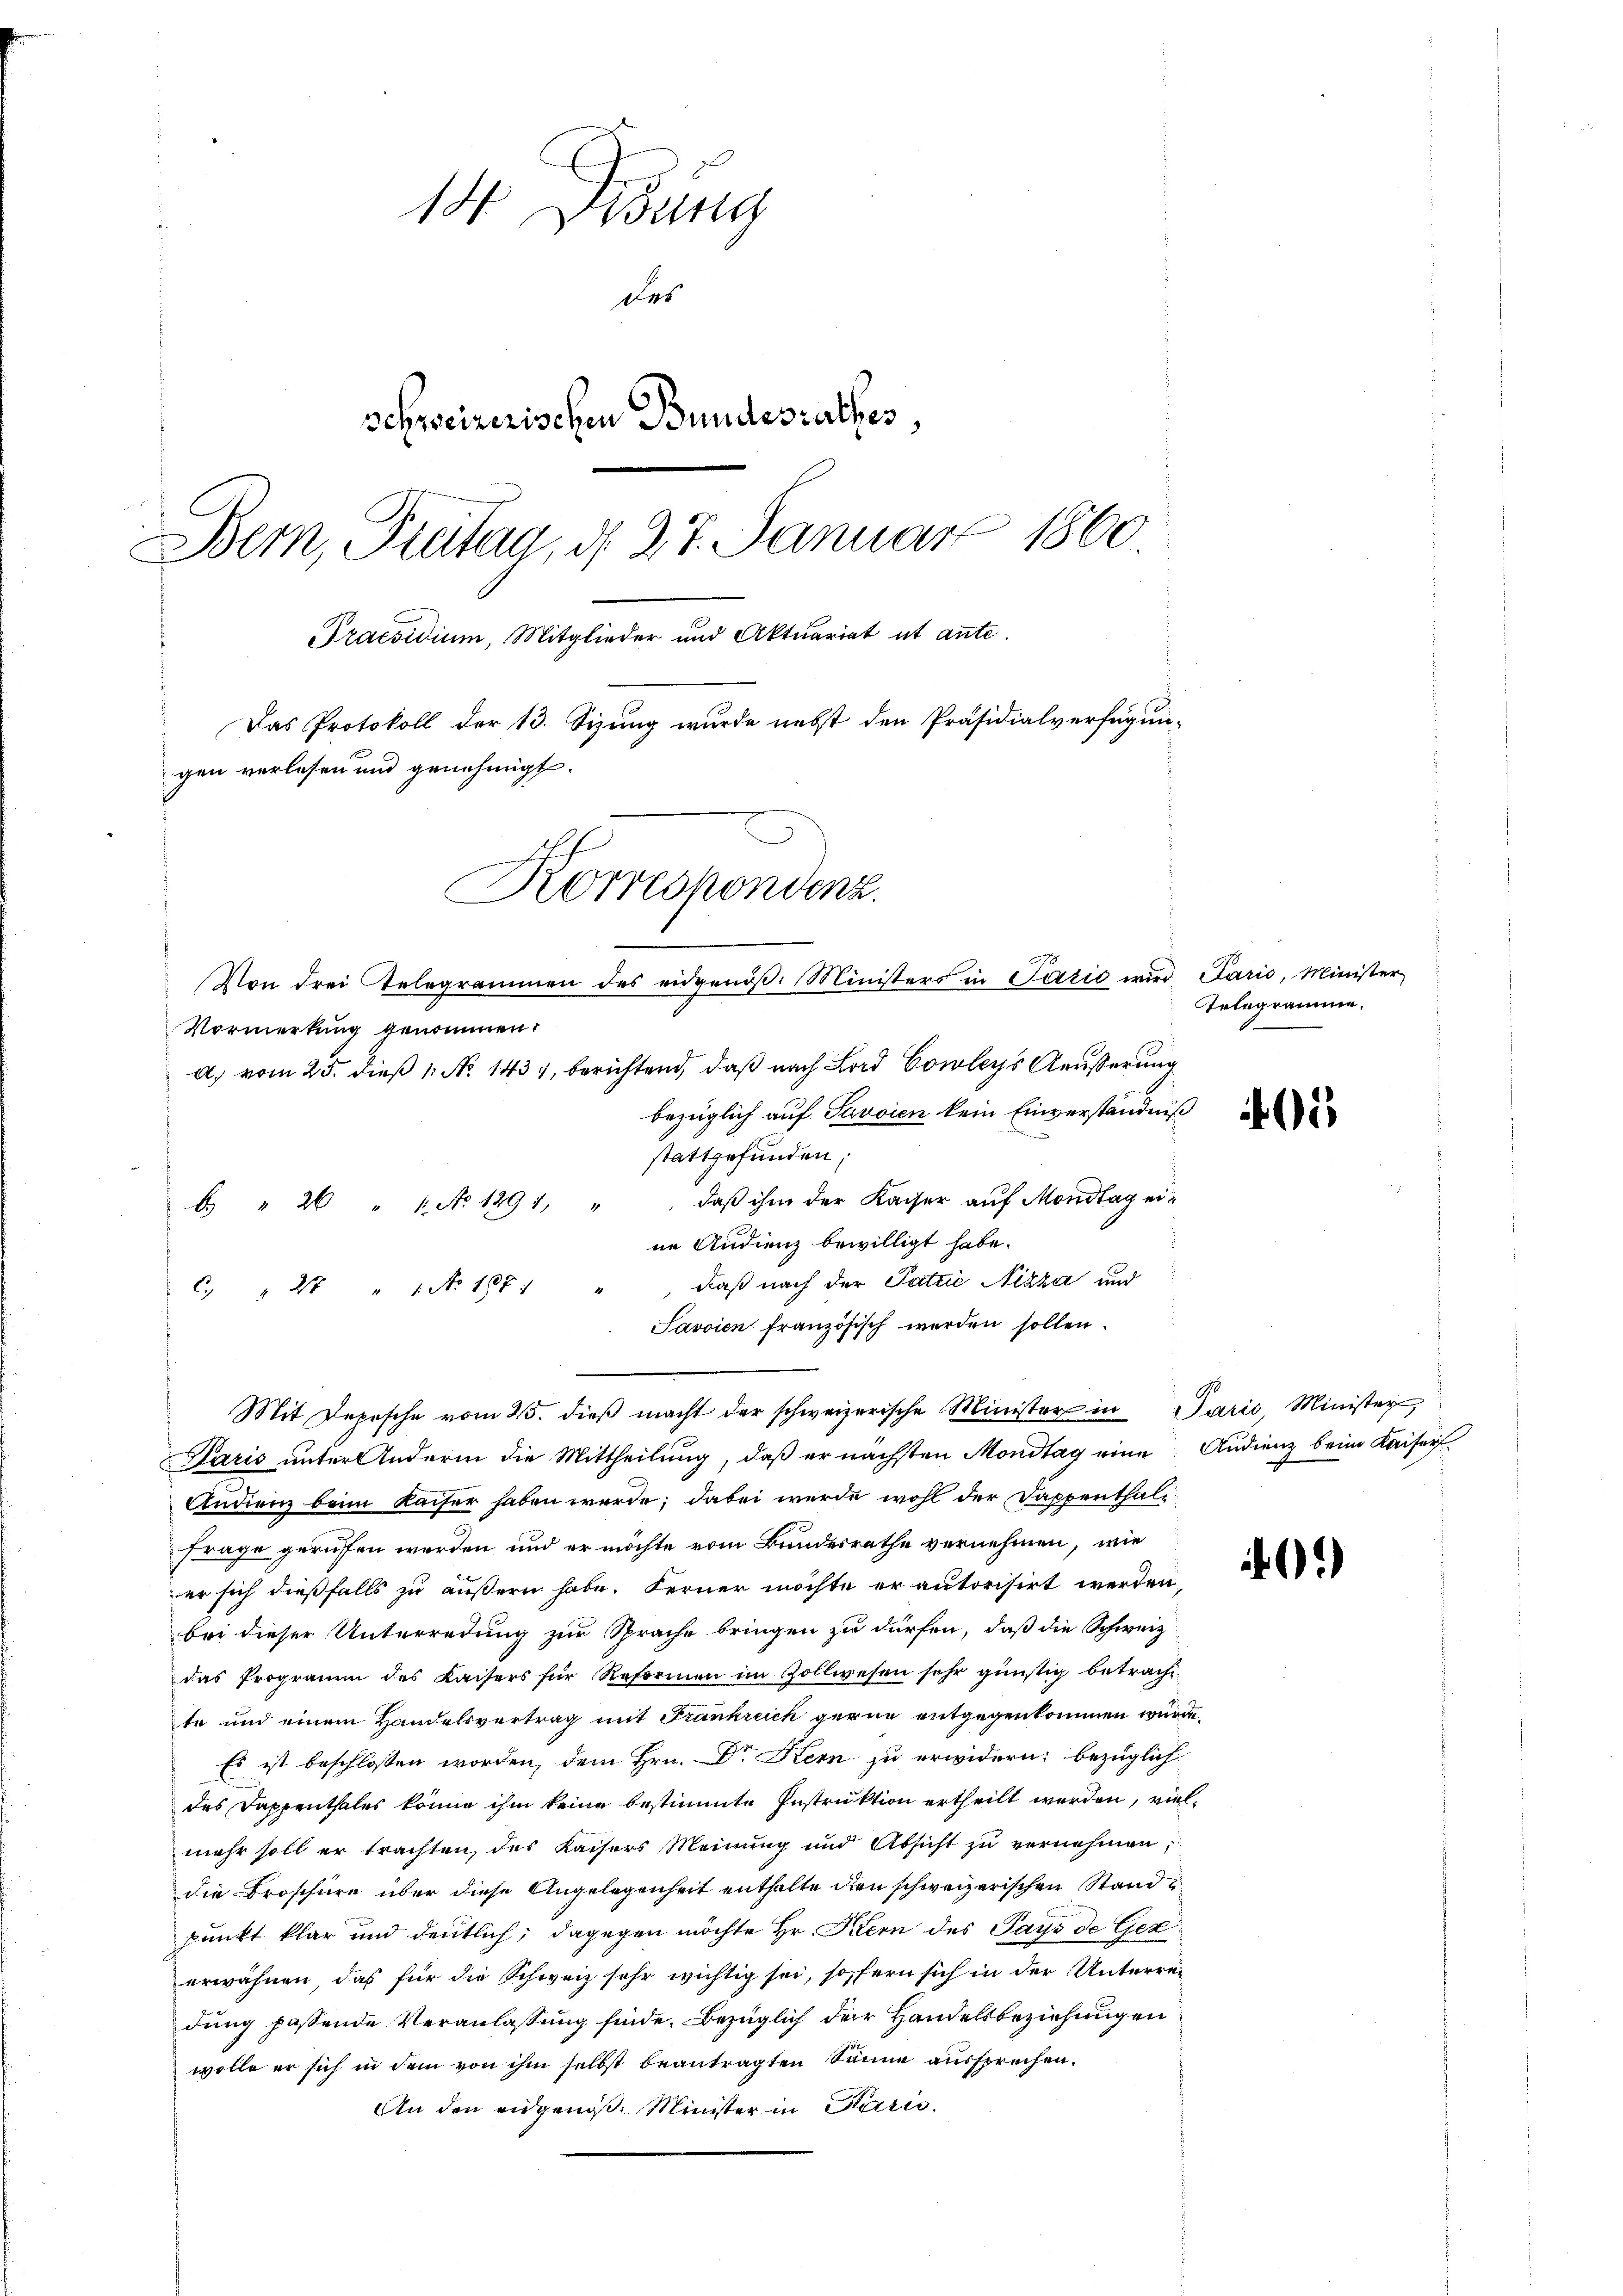
14. Jung
schweizerischen Bundesrathes,
Bern, Freitag, d. 27. Januar 1860
Praesidium, Mitglieder und Aktuariat ut ante.
Das Protokoll der 13. Sizung wurde nebst den Präsidialverfügun-
gen verlesen und genehmigt.
Korrespondenz.
Von drei telegrammen des eidgenöβ. Ministers in Pazić wird Paris, Minister

Vormerkung genommen.
a) vom 25. dieß 1 No 1431, berichtend, daß nach Lord Cowleys Aeusserung
bezüglich auf Sancien kein Einverständniß
stattgefunden;
 " 20 " 1. No 1291, "" daβ ihm der Kaiser aŭf Mondtag ei-
ne Audienz bewilligt habe.
daß nach der Patzić Nizza und
C. " 27 " 1 No 1871
Savoien französisch werden sollen.
Paris unter Andern die Mittheilung, daß er nächsten Mondtag eine Audienz beim Kaiser¬
Andienz beim Kaiser haben werde; dabei wurde wohl der Dappenthali
Frage geruffen werden und er möchte vom Bundesrathe vernehmen, wie
er sich dießfalls zu äußern habe. Ferner möchte er autorisirt werden,
bei dieser Unterredung zur Sprache bringen zu dürfen, daß die Schweiz
das Programm des Kaisers für Reformen im Zollwesen sehr günstig betracht,
te und einem Handelsvertrag mit Frankreich gerne entgegenkommen wurde.
Es ist beschlossen worden, dem Hrn. Dr Kern zu erwidern, bezüglich
des Dappenthales könne ihm keine bestimmte Instruktion ertheilt werden, vielmehr soll er trachten, das Kaisers Meinung und Absicht zu vernehmen,
die Broschüre über diese Angelegenheit enthalte den schweizerischen Standpunkt klar und deutlich; dagegen möchte Hr. Kern des Pays de Ger
erwähnen, das für die Schweiz sehr wichtig sei, sofern sich in der Unterredung passende Veranlassung finde. Bezüglich der Handelsbeziehungen
wolle er sich in dem von ihm selbst beantragten Sinne aussprechen.
An den eidgenoß. Minister in Paris,

des

Mit Depesche vom 25. dieβ macht der schweizerische Minister in Paris, Minister,

Telegramme.

)